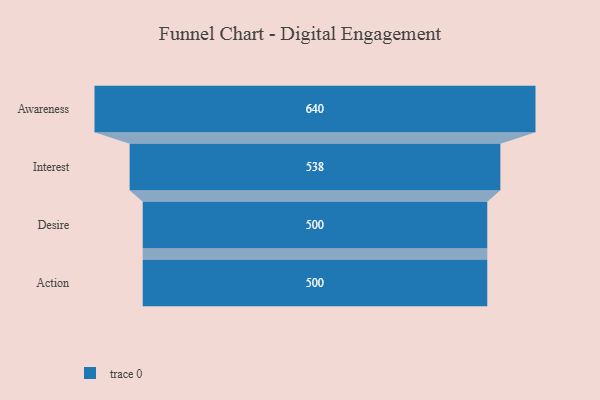
{"axis": {"x": "Stage", "y": "Value"}, "legend": [""], "data": [{"x": "Awareness", "y": 640.0, "type": ""}, {"x": "Interest", "y": 538.0, "type": ""}, {"x": "Desire", "y": 500, "type": ""}, {"x": "Action", "y": 500, "type": ""}]}